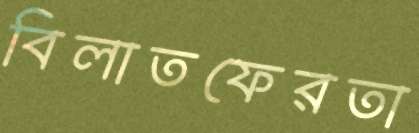
বিলাতফেরতা